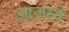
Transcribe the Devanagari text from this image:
आजाये